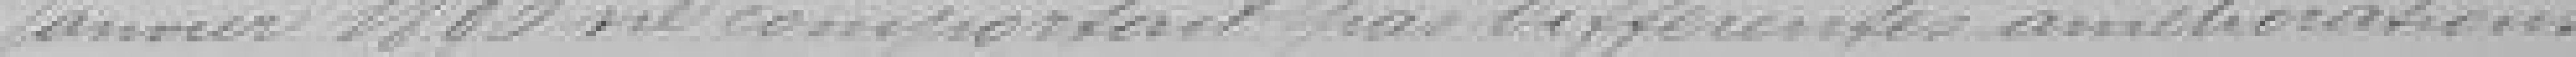
janvier 1890 ne comportait pas différentes améliorations